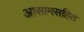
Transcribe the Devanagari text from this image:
आसामसहित